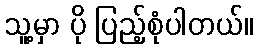
သူ့မှာ ပို ပြည့်စုံပါတယ်။